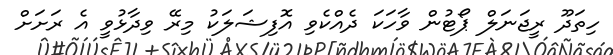
ހިތަދޫ ރީޖަނަލް ޕޯޓުން ވާހަކަ ދެއްކެވި އޮފިޝަލަކު މިރޭ ވިދާޅުވީ އެ ރަށަށް